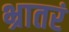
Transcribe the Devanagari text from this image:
भ्रातरं